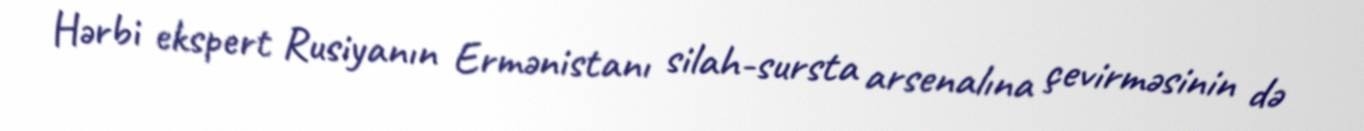
Hərbi ekspert Rusiyanın Ermənistanı silah-sursta arsenalına çevirməsinin də